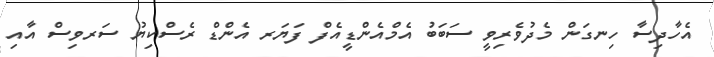
އެހާދިސާ ހިނގަން މެދުވެރިވީ ސަބަބު އެމްއެންޑީއެފް ފަޔަރ އެންޑް ރެސްކިޔު ސަރވިސް އާއި